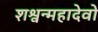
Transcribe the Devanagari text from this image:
शश्वन्महादेवो